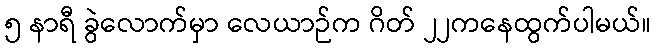
၅ နာရီ ခွဲလောက်မှာ လေယာဉ်က ဂိတ် ၂၂ကနေထွက်ပါမယ်။